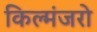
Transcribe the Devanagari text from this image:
किल्मंजरो